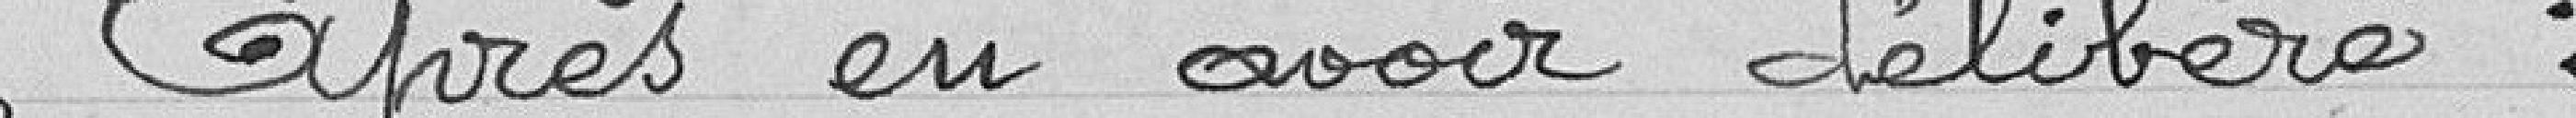
Après avoir délibéré :